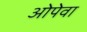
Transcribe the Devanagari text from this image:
ओपेवा